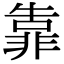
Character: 靠